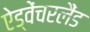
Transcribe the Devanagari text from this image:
ऐड्वेंचरलैंड